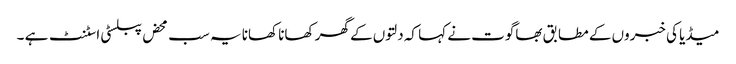
میڈیا کی خبروں کے مطابق بھاگوت نے کہا کہ دلتوں کے گھر کھانا کھانا یہ سب محض پبلسٹی اسٹنٹ ہے ۔